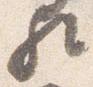
歟